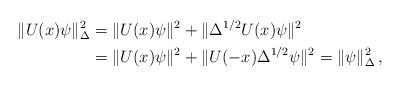
LaTeX: \begin{align*} \|U(x)\psi\|_\Delta^2 &=\|U(x)\psi\|^2+\|\Delta^{1/2}U(x)\psi\|^2 \\ &=\|U(x)\psi\|^2+\|U(-x)\Delta^{1/2}\psi\|^2 =\|\psi\|_\Delta^2\,, \end{align*}